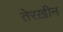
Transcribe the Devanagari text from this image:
तेरख़ीन